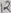
Text: 12